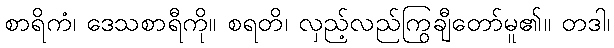
စာရိကံ၊ ဒေသစာရီကို။ စရတိ၊ လှည့်လည်ကြွချီတော်မူ၏။ တဒါ၊